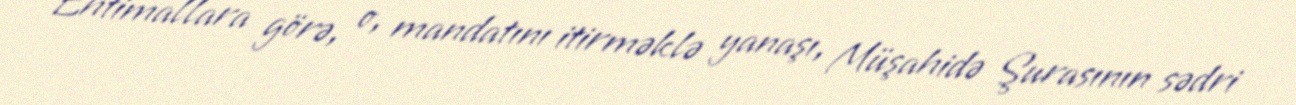
Ehtimallara görə, o, mandatını itirməklə yanaşı, Müşahidə Şurasının sədri